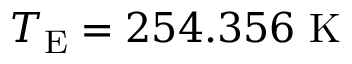
T _ { \mathrm { { E } } } = 2 5 4 . 3 5 6 \ \mathrm { K }